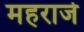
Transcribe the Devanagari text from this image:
महराजे